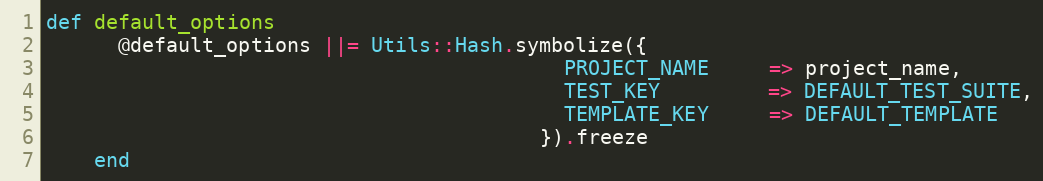
Language: Ruby
def default_options
      @default_options ||= Utils::Hash.symbolize({
                                           PROJECT_NAME     => project_name,
                                           TEST_KEY         => DEFAULT_TEST_SUITE,
                                           TEMPLATE_KEY     => DEFAULT_TEMPLATE
                                         }).freeze
    end